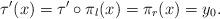
LaTeX: \begin{align*}\tau^{\prime}(x)=\tau^{\prime}\circ\pi_{l}(x)=\pi_r(x)=y_0.\end{align*}